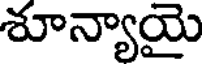
శూన్యాయై